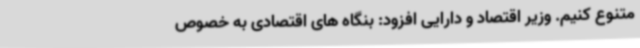
متنوع کنیم. وزیر اقتصاد و دارایی افزود: بنگاه های اقتصادی به خصوص